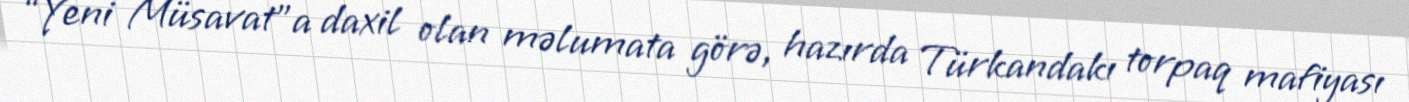
“Yeni Müsavat”a daxil olan məlumata görə, hazırda Türkandakı torpaq mafiyası